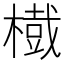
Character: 𱤐